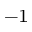
^ { - 1 }